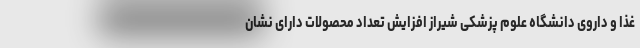
غذا و داروی دانشگاه علوم پزشکی شیراز افزایش تعداد محصولات دارای نشان